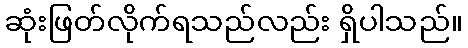
ဆုံးဖြတ်လိုက်ရသည်လည်း ရှိပါသည်။